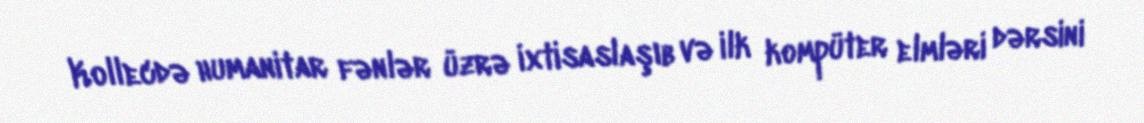
Kollecdə humanitar fənlər üzrə ixtisaslaşıb və ilk kompüter elmləri dərsini